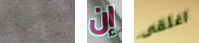
سوف إن اغلقى